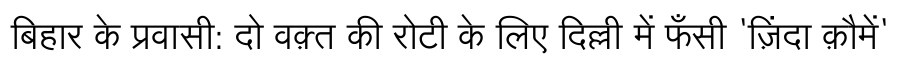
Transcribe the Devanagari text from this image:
बिहार के प्रवासी: दो वक़्त की रोटी के लिए दिल्ली में फँसी 'ज़िंदा क़ौमें'